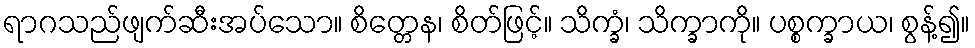
ရာဂသည်ဖျက်ဆီးအပ်သော။ စိတ္တေန၊ စိတ်ဖြင့်။ သိက္ခံ၊ သိက္ခာကို။ ပစ္စက္ခာယ၊ စွန့်၍။